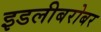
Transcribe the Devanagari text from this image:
इडलीबरोबर